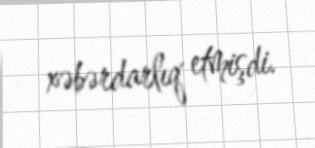
xəbərdarlıq etmişdi.